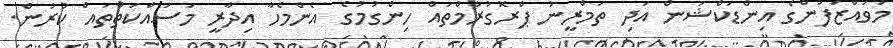
މުވައްޒަފުންގެ އިންޑަކްޝަން އަދި ތަމްރީނު ޕްރޮގުރާމްތައް ހިންގުމުގެ އެންމެހާ އިދާރީ މަސައްކަތްތައް ކުރުން.